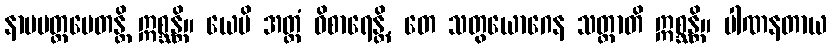
နာမမတ္တမေတန္တိ ဣစ္ဆန္တိ။ ယေပိ အတ္ထံ ဝိစာရေန္တိ, တေ သတွယောဂေန သတ္တာတိ ဣစ္ဆန္တိ။ ပါဏနတာယ